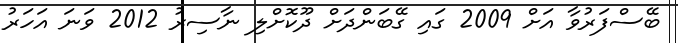
ބޭސްފަރުވާ އަށް 2009 ގައި ގޭބަންދަށް ދޫކޮށްލި ނާސިރު 2012 ވަނަ އަހަރު